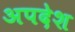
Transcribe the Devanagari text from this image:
अपदेश